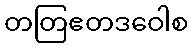
တတြဧတဒဝေါစ